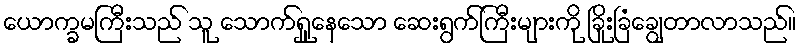
ယောက္ခမကြီးသည် သူ သောက်ရှူနေသော ဆေးရွက်ကြီးများကို ခြိုးခြံချွေတာလာသည်။